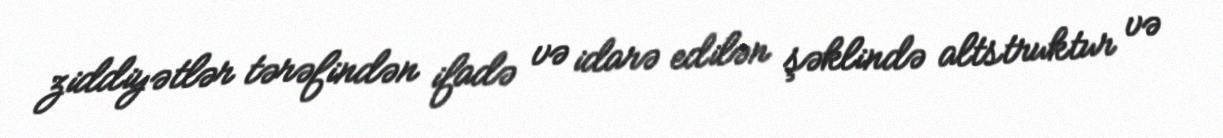
ziddiyətlər tərəfindən ifadə və idarə edilən şəklində altstruktur və